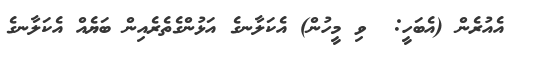
އެއުރެން (އެބަހީ:  ވި މީހުން) އެކަލާނގެ އަޅުންގެތެރެއިން ބަޔެއް އެކަލާނގެ